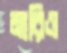
মারিও